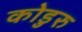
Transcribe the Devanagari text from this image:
कोडुरु